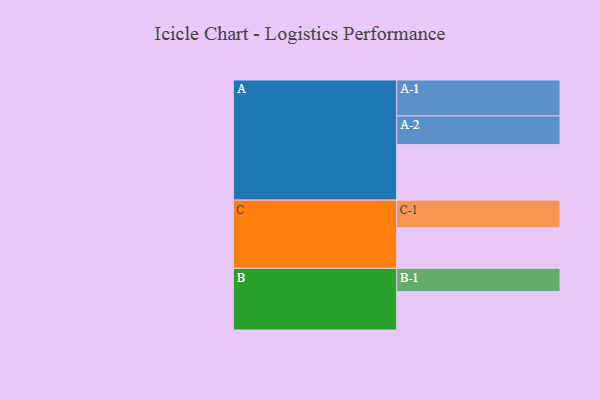
{"axis": {"x": "Segment", "y": "Value"}, "legend": ["", "A", "B", "C"], "data": [{"x": "A", "y": 433, "type": ""}, {"x": "B", "y": 300, "type": ""}, {"x": "C", "y": 316, "type": ""}, {"x": "A-1", "y": 280, "type": "A"}, {"x": "A-2", "y": 224, "type": "A"}, {"x": "B-1", "y": 181, "type": "B"}, {"x": "C-1", "y": 216, "type": "C"}]}